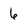
Character: 6